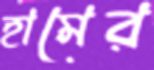
হামের